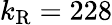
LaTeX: k_{\mathrm{R}}=228